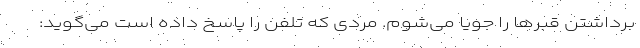
برداشتن قبرها را جویا می‌شوم. مردی که تلفن را پاسخ داده است می‌گوید: